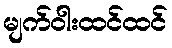
မျက်ဝါးထင်ထင်